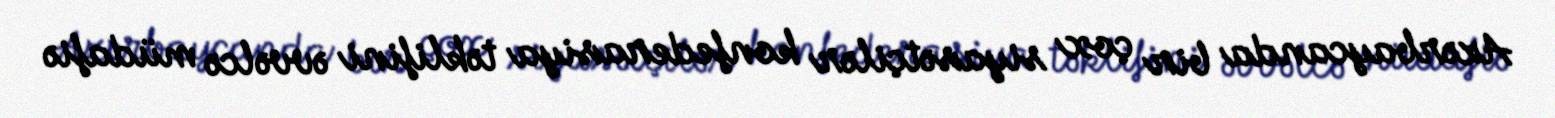
Azərbaycanda bir çox siyasətçilər konfederasiya təklifini əvvəlcə müdafiə